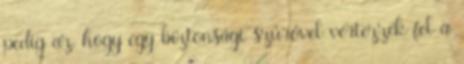
pedig az, hogy egy biztonsági szűrővel vértezzék fel a